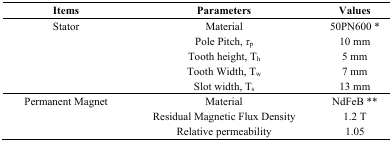
<table><thead><tr><td><b>Items</b></td><td><b>Parameters</b></td><td><b>Values</b></td></tr></thead><tbody><tr><td>Stator</td><td>Material</td><td>50PN600 *</td></tr><tr><td></td><td>Pole Pitch, <i>τ</i><sub>p</sub></td><td>10 mm</td></tr><tr><td></td><td>Tooth height, T<sub>h</sub></td><td>5 mm</td></tr><tr><td></td><td>Tooth Width, T<sub>w</sub></td><td>7 mm</td></tr><tr><td></td><td>Slot width, T<sub>s</sub></td><td>13 mm</td></tr><tr><td>Permanent Magnet</td><td>Material</td><td>NdFeB **</td></tr><tr><td></td><td>Residual Magnetic Flux Density</td><td>1.2 T</td></tr><tr><td></td><td>Relative permeability</td><td>1.05</td></tr></tbody></table>